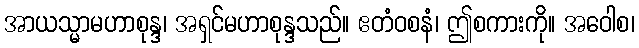
အာယသ္မာမဟာစုန္ဒ၊ အရှင်မဟာစုန္ဒသည်။ ဧတံဝစနံ၊ ဤစကားကို။ အဝေါစ၊